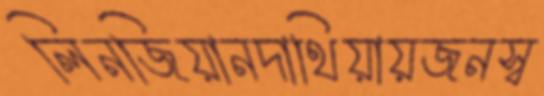
লিনজিয়ানদাথিয়ায়জনস্ব